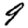
Digit: 9